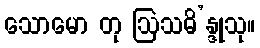
သောမော တု ဩသဓိ’န္ဒုသု။